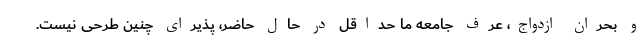
و بحران ازدواج، عرف جامعه ما حداقل در حال حاضر، پذیرای چنین طرحی نیست.